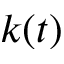
k ( t )